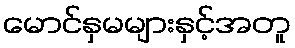
မောင်နှမများနှင့်အတူ